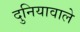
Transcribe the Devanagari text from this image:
दुनियावाले